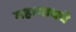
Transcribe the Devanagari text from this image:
महागावचे